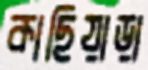
কাছিয়াড়া